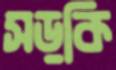
সড়কি